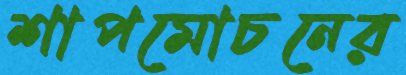
শাপমোচনের